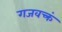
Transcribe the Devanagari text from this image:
गजवक्त्रं